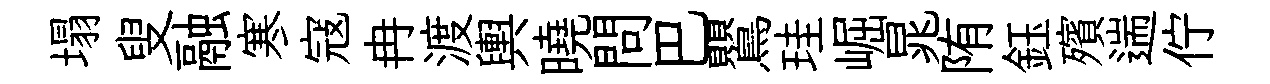
塌叟融寒寇冉渡輿曉問巴鸎珪崛晁陏鈺殯遄佇